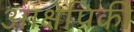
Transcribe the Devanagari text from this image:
आक्षेपिकी